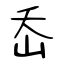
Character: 岙